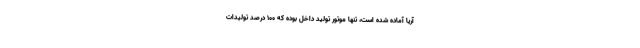
آریا آماده شده است، تنها موتور تولید داخل بوده که ۱۰۰ درصد تولیدات